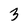
Character: 3